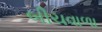
બીચવાળા